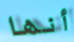
أنها